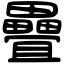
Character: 疊